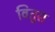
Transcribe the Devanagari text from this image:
वितुस